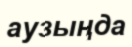
аузыңда